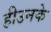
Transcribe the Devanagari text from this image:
हीउनके